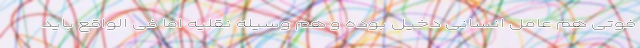
فوتی هم عامل انسانی دخیل بوده و هم وسیله نقلیه اما فی الواقع باید